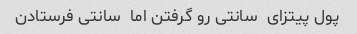
پول پیتزای  سانتی رو گرفتن اما  سانتی فرستادن